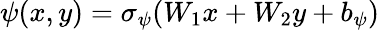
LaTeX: \psi(x,y)=\sigma_{\psi}(W_{1}x+W_{2}y+b_{\psi})